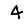
Digit: 4